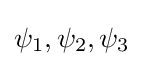
\psi _{1},\psi _{2},\psi _{3}